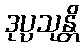
ဒုပ္ပသုန္တိ